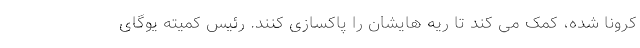
کرونا شده، کمک می کند تا ریه هایشان را پاکسازی کنند. رئیس کمیته یوگای